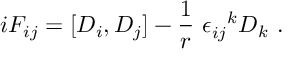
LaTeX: i F _ { i j } = [ D _ { i } , D _ { j } ] - \frac { 1 } { r } ~ \epsilon _ { i j } ^ { ~ ~ k } D _ { k } ~ . \nonumber